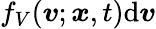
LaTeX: f_{V}({\boldsymbol{v}};{\boldsymbol{x}},t)\mathrm{d}{\boldsymbol{v}}